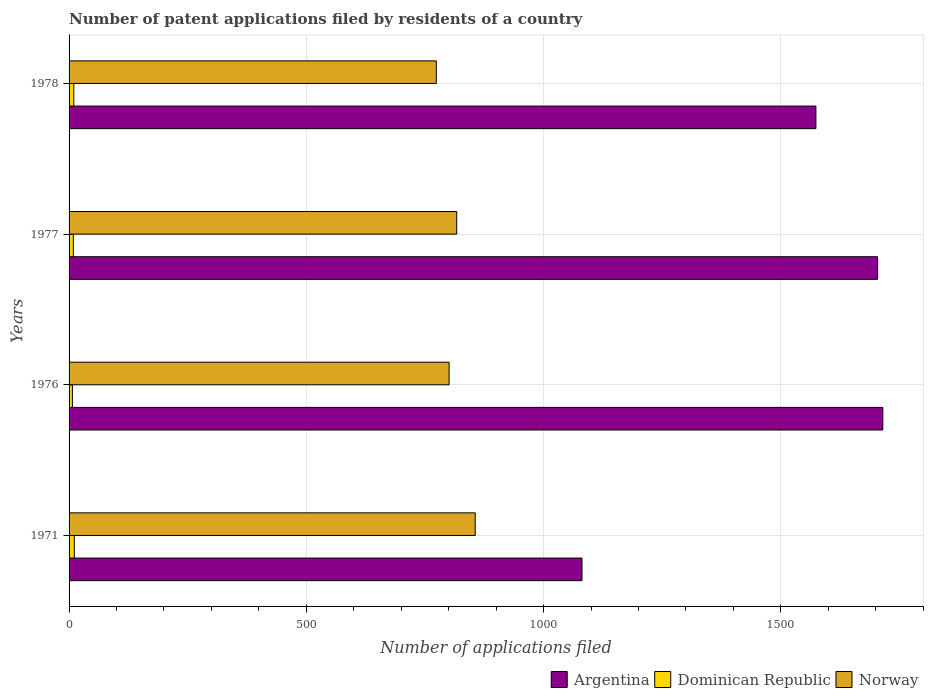
| Years | Argentina | Dominican Republic | Norway |
 | --- | --- | --- | --- |
 | 1971 | 1.08e+03 | 11 | 856 |
 | 1976 | 1.72e+03 | 7 | 801 |
 | 1977 | 1.7e+03 | 9 | 817 |
 | 1978 | 1.57e+03 | 10 | 774 |